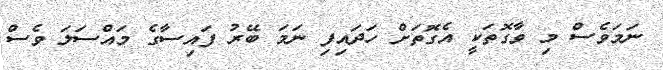
ނަމަވެސް މި ވާގޮތަކީ އެގޮތަށް ހަދައިފި ނަމަ ބޭރު ފައިސާގެ މައްސަލަ ވެސް